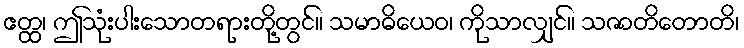
ဧတ္ထ၊ ဤသုံးပါးသောတရားတို့တွင်။ သမာဓိယေဝ၊ ကိုသာလျှင်။ သဇာတိတောတိ၊